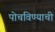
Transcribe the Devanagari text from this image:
पोचविण्याची